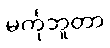
မင်္ကုဘူတာ